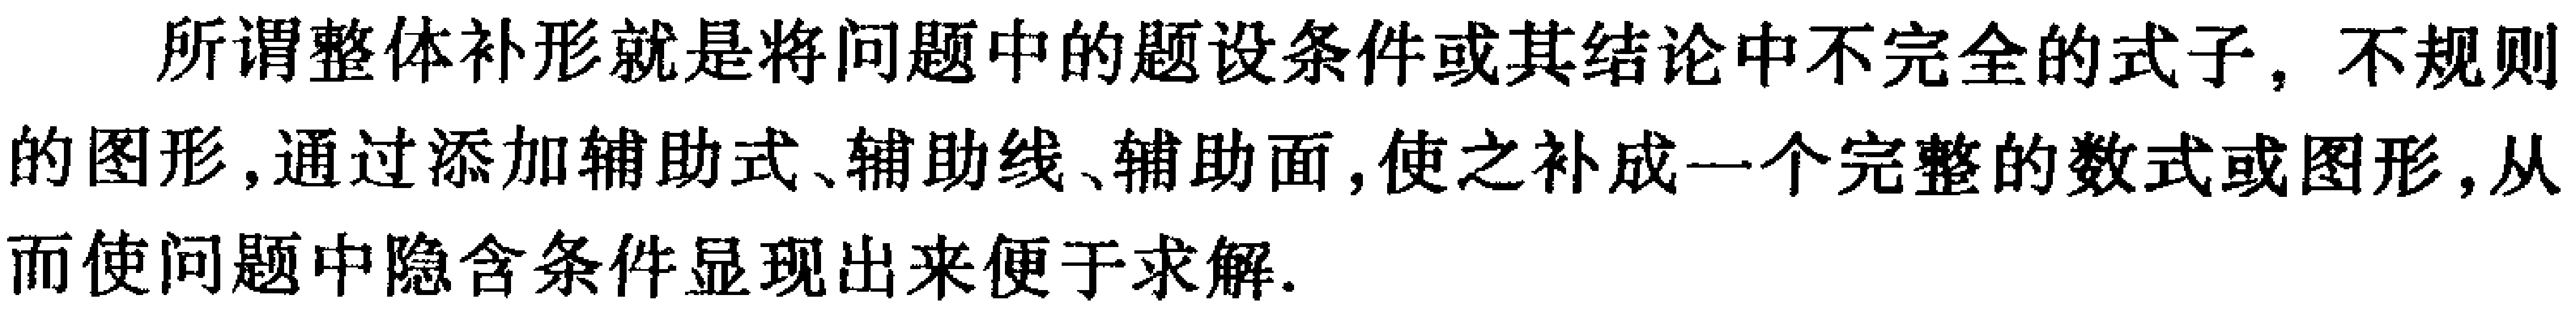
所谓整体补形就是将问题中的题设条件或其结论中不完全的式子，不规则的图形,通过添加辅助式、辅助线、辅助面,使之补成一个完整的数式或图形,从而使问题中隐含条件显现出来便于求解.